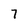
Character: 7